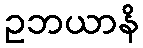
ဥဘယာနိ